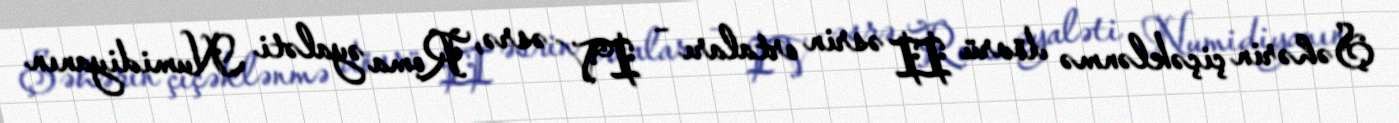
Şəhərin çiçəklənmə dövrü II əsrin ortaları – IV əsrə, Roma əyaləti Numidiyanın